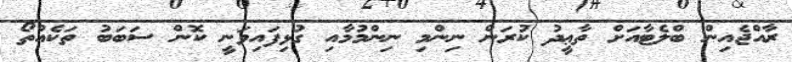
ރާއްޖެއިން ބްލެޓާއަށް ތާޢީދު ކުރަން ނިންމި ނިންމުމާއި ގުޅިފައިވަނީ ކޮން ސަބަބު ތަކެއްތޯ